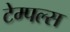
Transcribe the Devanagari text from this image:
टेम्पल्स